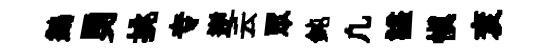
鷁勇挑专逆云眾鈍凢謚愼袞